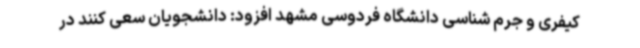
کیفری و جرم شناسی دانشگاه فردوسی مشهد افزود: دانشجویان سعی کنند در